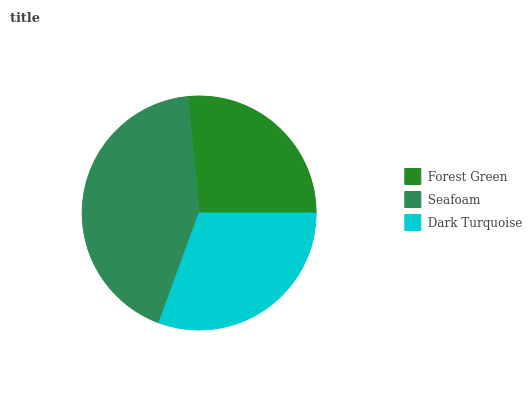
| Forest Green | Seafoam | Dark Turquoise |
 | --- | --- | --- |
 | 26.6% | 42.8% | 30.6% |